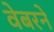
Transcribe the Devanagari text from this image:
वेबरने